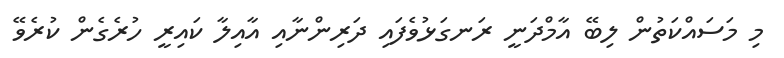
މި މަސައްކަތުން ލިބޭ އާމްދަނީ ރަނގަޅުވެފައި ދަރިންނާއި އާއިލާ ކައިރީ ހުރެގެން ކުރެވޭ